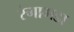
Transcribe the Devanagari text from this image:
रंगागडा